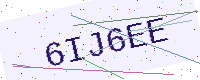
Text: 6IJ6EE